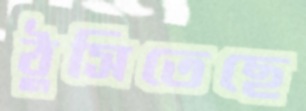
ঠুসিতেছে